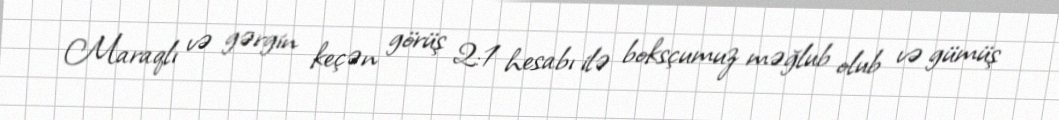
Maraqlı və gərgin keçən görüş 2:1 hesabı ilə boksçumuz məğlub olub və gümüş